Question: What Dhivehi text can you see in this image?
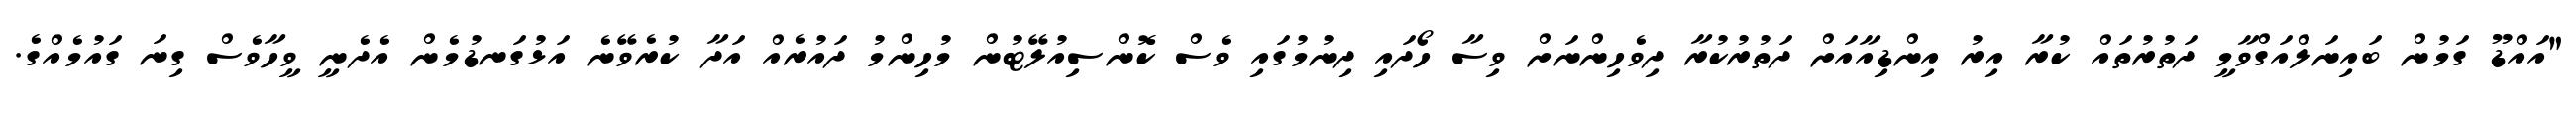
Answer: "އައްޑޫ ގަމުން ބައިނަލްއަގްވާމީ ދަތުރުތައް ކުރާ އިރު އިންޑިއާއަށް ދަތުރުކުރާ ދިވެހިންނަށް ވިސާ ހޯދައި ދިނުމުގައި ވެސް ކޮންސިއުލޭޓުން މުހިންމު ދައުރެއް އަދާ ކުރެވޭނެ އަޅުގަނޑުމެން އެދެނީ ވީހާވެސް ގިނަ ގައުމެއްގެ.